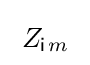
\;Z_{{\mathsf {i}}\!\;m}\;